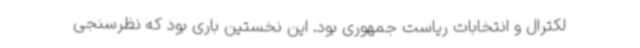
لکترال و انتخابات ریاست جمهوری بود. این نخستین باری بود که نظرسنجی